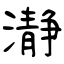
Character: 瀞